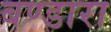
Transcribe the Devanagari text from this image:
बण्डारा